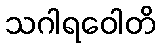
သဂါရဝေါတိ